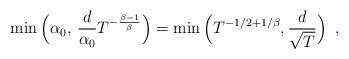
LaTeX: \begin{align*}\min\Big(\alpha_0, \,\frac{d}{\alpha_0}T^{-\frac{\beta-1}{\beta}}\Big)=\min\Big(T^{-1/2+1/\beta}, \frac{d}{\sqrt{T}} \Big)\enspace,\end{align*}